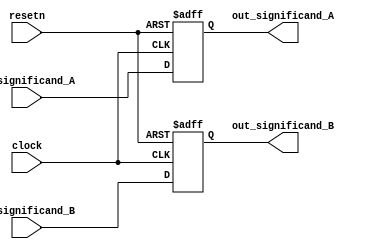
`timescale 1ns / 1ps
//////////////////////////////////////////////////////////////////////////////////
// Company: 
// Engineer: 
// 
// Design Name: 
// Module Name:    step1_status 
// Project Name: 
// Target Devices: 
// Tool versions: 
// Description: 
//
// Dependencies: 
//
// Revision: 
// Revision 0.01 - File Created
// Additional Comments: 
//
//////////////////////////////////////////////////////////////////////////////////
module step1_status(clock, resetn, in_significand_A, in_significand_B, out_significand_A, out_significand_B);
	input clock, resetn;
	
	input  [10:0] in_significand_A, in_significand_B;
	
	output reg [10:0] out_significand_A, out_significand_B;
	
	always@(posedge clock, negedge resetn) begin
		if(!resetn) begin
			out_significand_A <= 0;
			out_significand_B <= 0;
		end
		else begin	
			out_significand_A <= in_significand_A;
			out_significand_B <= in_significand_B;
		end
	end	

endmodule